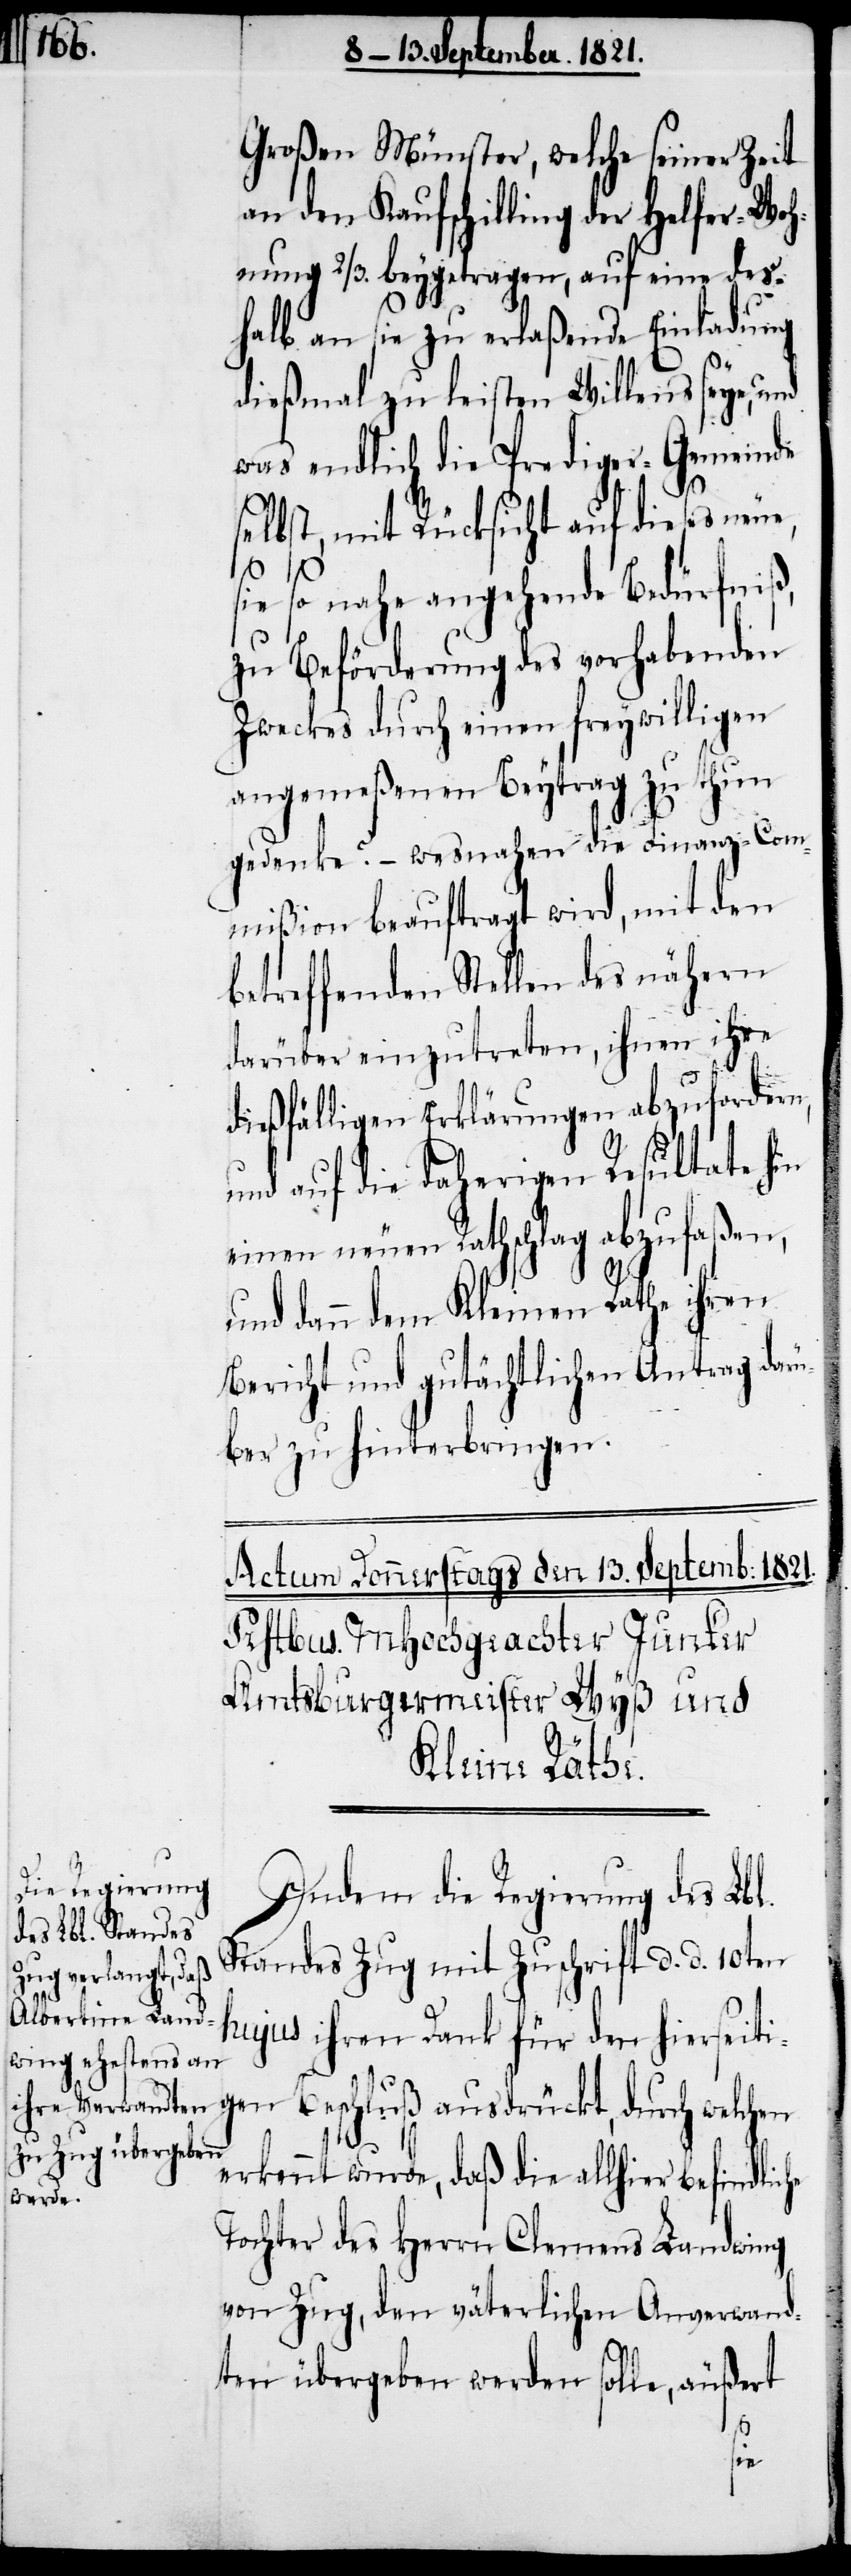
Großen Münster, welche seiner Zeit
an den Kaufschilling der Helfer-Woh¬
nung 2/3. beygetragen, auf eine des¬
halb an sie zu erlaßende Einladung
dießmal zu leisten Willens seye, und
was endlich die Prediger-Gemeinde
selbst, mit Rücksicht auf dieses,
zu Beförderung des vorhabenden
Zwecks durch einen freywilligen
angemeßenen Beytrag zu thun
gedenke? – wesnahen die Finanz-Com¬
mißion beauftragt wird, mit den
betreffenden Stellen des nähern
darüber einzutreten, ihnen ihre
dießfälligen Erklärungen abzufordern,
und auf die daherigen Resultate hin
einen neuen Rathschlag abzulaßen,
und dann dem Kleinen Rathe ihren
Bericht und gutächtlichen Antrag darü¬
ber zu hinterbringen.
Indem die Regierung des Lbl.
Standes Zug mit Zuschrift d. d. 10ten
gen Beschluß
hujus ihren Dank für den hierseiti¬
erkennt wurde, daß die allhier befindliche
Tochter des Herrn Clemens Landwing
von Zug, den väterlichen Anverwand¬
ten übergeben werden solle, äußert